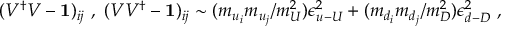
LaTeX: ( V ^ { \dagger } V - { \bf 1 } ) _ { i j } ~ , ~ ( V V ^ { \dagger } - { \bf 1 } ) _ { i j } \sim ( m _ { u _ { i } } m _ { u _ { j } } / m _ { U } ^ { 2 } ) \epsilon _ { u { \mathrm { - } } U } ^ { 2 } + ( m _ { d _ { i } } m _ { d _ { j } } / m _ { D } ^ { 2 } ) \epsilon _ { d { \mathrm { - } } D } ^ { 2 } ~ ,